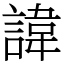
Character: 諱